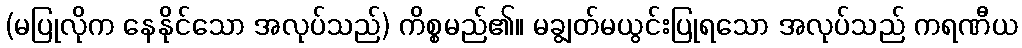
(မပြုလိုက နေနိုင်သော အလုပ်သည်) ကိစ္စမည်၏။ မချွတ်မယွင်းပြုရသော အလုပ်သည် ကရဏီယ